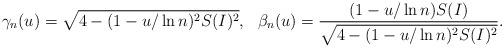
LaTeX: \begin{align*}&\gamma_n(u)=\sqrt{4-(1-u/\ln n)^2S(I)^2},\ \ \beta_n(u)=\frac{(1-u/\ln n)S(I)}{\sqrt{4-(1-u/\ln n)^2S(I)^2}}.\end{align*}